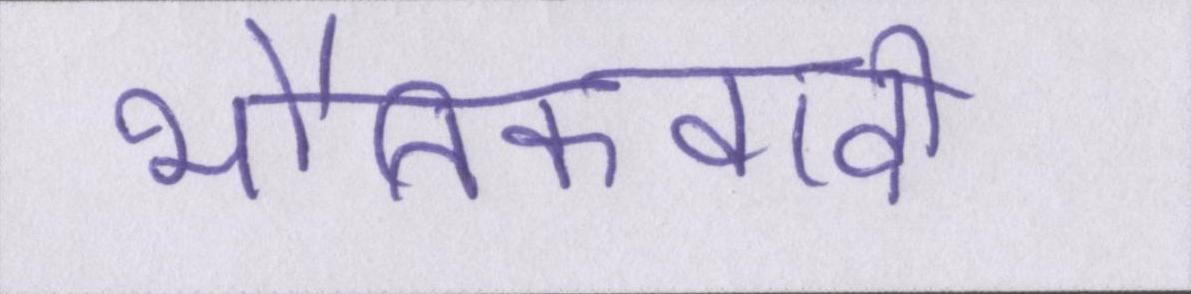
भौतिकवादी